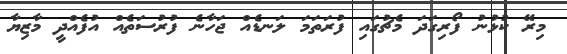
މިރޭ ކުޅުނު ފޯރިގަދަ މެޗުގައި ފުރަތަމަ ލަނޑެއް ޖަހާނެ ފުރުސަތެއް އުފެއްދީ މާޒިޔާ